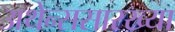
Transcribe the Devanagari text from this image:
अथेन्ससारख्या